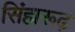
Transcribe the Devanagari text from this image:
सिंहारूढ़